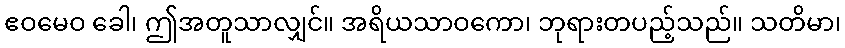
ဧဝမေဝ ခေါ၊ ဤအတူသာလျှင်။ အရိယသာဝကော၊ ဘုရားတပည့်သည်။ သတိမာ၊